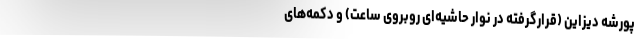
پورشه دیزاین (قرارگرفته در نوار حاشیه‌ای روبروی ساعت) و دکمه‌های